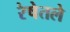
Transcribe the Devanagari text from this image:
रेषेतले